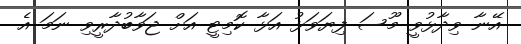
އޭނާ ވިދާޅުވީ މޫސަ ފިޔަވަޅު އަޅާ ކޮމިޓީ އަށް ޖަވާބުދާރީވި ނަމަ އެ